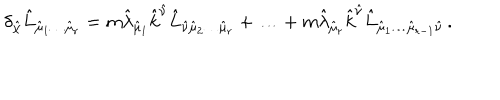
\delta _ { \hat { \chi } } \hat { L } _ { \hat { \mu } _ { 1 } \ldots \hat { \mu } _ { r } } = m \hat { \lambda } _ { \hat { \mu } _ { 1 } } \hat { k } ^ { \hat { \nu } } \hat { L } _ { \hat { \nu } \hat { \mu } _ { 2 } \ldots \hat { \mu } _ { r } } + \ldots + m \hat { \lambda } _ { \hat { \mu } _ { r } } \hat { k } ^ { \hat { \nu } } \hat { L } _ { \hat { \mu } _ { 1 } \ldots \hat { \mu } _ { r - 1 } \hat { \nu } } \, .